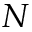
N